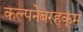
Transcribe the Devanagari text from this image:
कल्पनेबरहुकूम